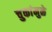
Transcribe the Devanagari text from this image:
चुकांमुळे